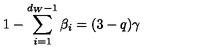
1 - \sum _ { i = 1 } ^ { d _ { W } - 1 } \beta _ { i } = ( 3 - q ) \gamma